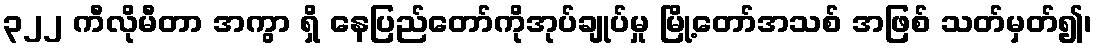
၃၂၂ ကီလိုမီတာ အကွာ ရှိ နေပြည်တော်ကိုအုပ်ချုပ်မှု မြို့တော်အသစ် အဖြစ် သတ်မှတ်၍၊